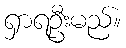
ရှာရဦးမည်။